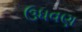
ઉધવણ